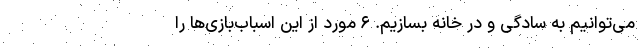
می‌توانیم به سادگی و در خانه بسازیم. ۶ مورد از این اسباب‌بازی‌ها را